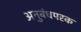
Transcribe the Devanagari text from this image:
अनुबंधपरक